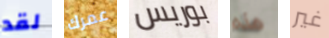
لقد عمرك بوريس هذه غير